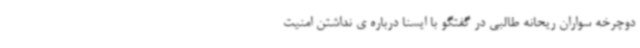
دوچرخه سواران ریحانه طالبی در گفتگو با ایسنا درباره ی نداشتن امنیت